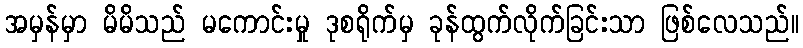
အမှန်မှာ မိမိသည် မကောင်းမှု ဒုစရိုက်မှ ခုန်ထွက်လိုက်ခြင်းသာ ဖြစ်လေသည်။